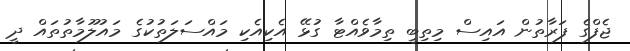
ޖެފްގެ ފަރާތުން އައިސް މިތިބީ ތިމާވެއްޓާ ގުޅޭ އެކިއެކި މައްސަލަތުކުގެ މައުލޫމާތުތައް ދީ